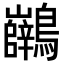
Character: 𪈖